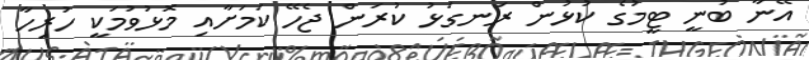
އޭނާ ބުނީ ޓީމުގެ ކުޅުން ރަނގަޅު ކުރަން ޖެހޭ ކަމަށާއި މޮޅުވުމަކީ ހުރިހާ